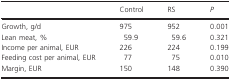
|  | Control | RS | P |
 | --- | --- | --- | --- |
 | Growth, g/d | 975 | 952 | 0.001 |
 | Lean meat, % | 59.9 | 59.6 | 0.321 |
 | Income per animal, EUR | 226 | 224 | 0.199 |
 | Feeding cost per animal, EUR | 77 | 75 | 0.010 |
 | Margin, EUR | 150 | 148 | 0.390 |